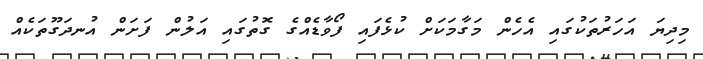
މިދިޔަ އަހަރުތަކުގައި އެހެން މަގާމަކަށް ކުޅެފައި ފޯވާޑެއްގެ ގޮތުގައި އަލުން ފަށަން އުނދަގޫތަކެއް